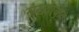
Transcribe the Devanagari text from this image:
संख्याकृत